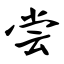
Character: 尝